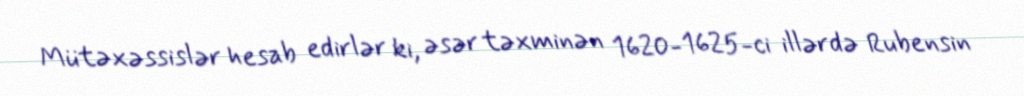
Mütəxəssislər hesab edirlər ki, əsər təxminən 1620-1625-ci illərdə Rubensin